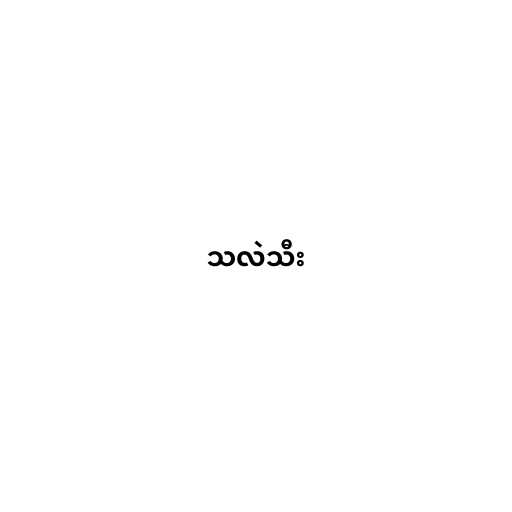
သလဲသီး